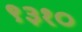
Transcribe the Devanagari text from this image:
९३१०